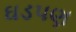
ઘડપણ